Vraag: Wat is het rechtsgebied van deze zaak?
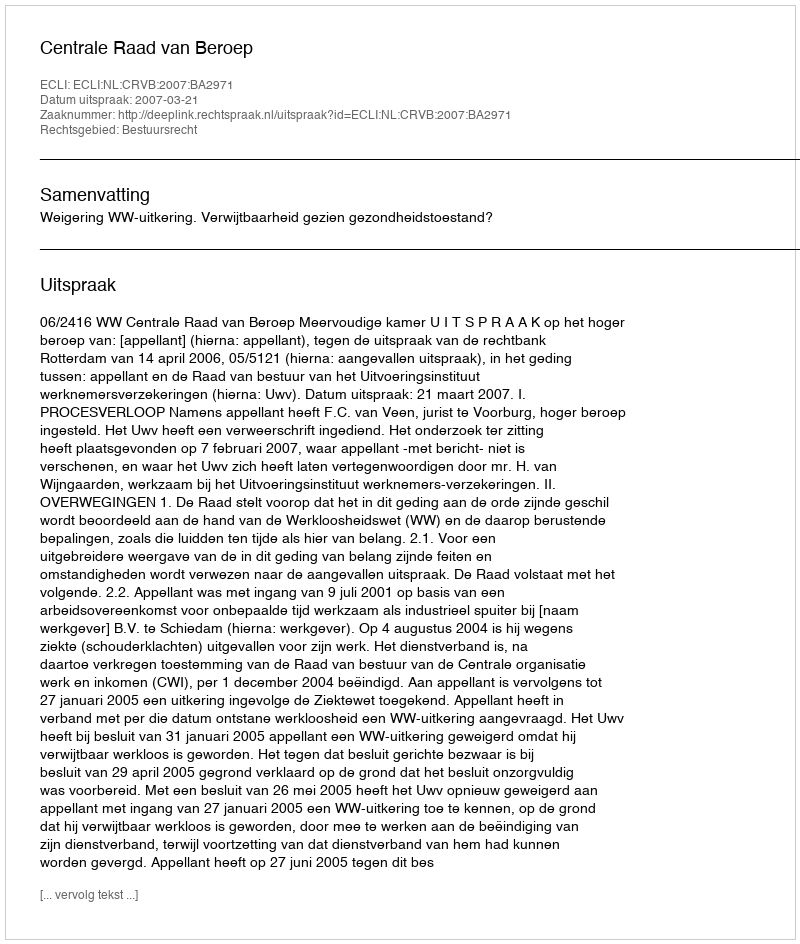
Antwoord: Bestuursrecht